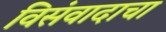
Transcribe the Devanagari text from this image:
विसंवादाचा